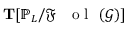
\mathbf { T } [ \mathbb { P } _ { L } / { \mathfrak { F } \mathrm { ~ \textbf ~ { ~ o ~ l ~ } ~ } } ( \mathcal { G } ) ]